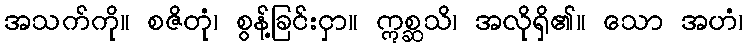
အသက်ကို။ စဇိတုံ၊ စွန့်ခြင်းငှာ။ ဣစ္ဆသိ၊ အလိုရှိ၏။ သော အဟံ၊